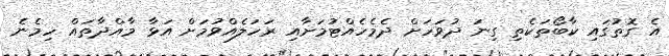
އެ ގޮތުގައި ކާބޯތަކެތި ގިނަ ދުވަހަށް ދެމެހެއްޓުމަށާއި ރަހަލެއްވުމަށް އަޅާ މާއްދާތައް ހިމެނެ